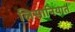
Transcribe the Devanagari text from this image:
लिसानियात